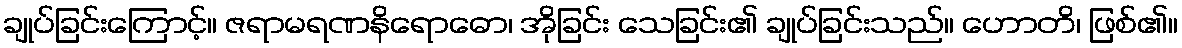
ချုပ်ခြင်းကြောင့်။ ဇရာမရဏနိရောဓော၊ အိုခြင်း သေခြင်း၏ ချုပ်ခြင်းသည်။ ဟောတိ၊ ဖြစ်၏။